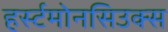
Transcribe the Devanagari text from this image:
हर्स्टमोनसिउक्स